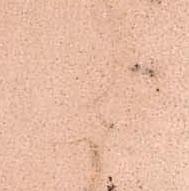
謹